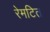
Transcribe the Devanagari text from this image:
रेमटित